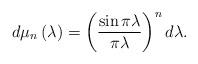
LaTeX: \begin{align*}d\mu_{n}\left(\lambda\right)=\left(\frac{\sin\pi\lambda}{\pi\lambda}\right)^{n}d\lambda.\end{align*}